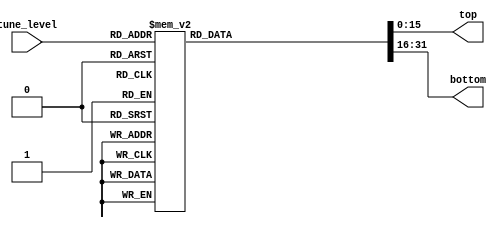
`timescale 1ns / 1ps
//////////////////////////////////////////////////////////////////////////////////
// Company: 
// Engineer: 
// 
// Design Name: 
// Module Name:    Decoder 
// Project Name: 
// Target Devices: 
// Tool versions: 
// Description: 
//
// Dependencies: 
//
// Revision: 
// Revision 0.01 - File Created
// Additional Comments: 
//
//////////////////////////////////////////////////////////////////////////////////
module Decoder #(parameter N = 16, k = 5)( // k = log2(2N)
    input wire [k-1:0] tune_level,
    (*S = "YES"*)output reg [N-1:0] top,
    (*S = "YES"*)output reg [N-1:0] bottom
    );
	 
always @(tune_level)
case (tune_level)
31: begin
	 top		=	16'b1111111111111111;
	 bottom	=	16'b0000000000000000;
	 end
30: begin
	 top		=	16'b0111111111111111;
	 bottom	=	16'b0000000000000000;
	 end
29: begin
	 top		=	16'b0011111111111111;
	 bottom	=	16'b0000000000000000;
	 end
28: begin
	 top		=	16'b0001111111111111;
	 bottom	=	16'b0000000000000000;
	 end
27: begin
	 top		=	16'b0000111111111111;
	 bottom	=	16'b0000000000000000;
	 end
26: begin
	 top		=	16'b0000011111111111;
	 bottom	=	16'b0000000000000000;
	 end
25: begin
	 top		=	16'b0000001111111111;
	 bottom	=	16'b0000000000000000;
	 end
24: begin
	 top		=	16'b0000000111111111;
	 bottom	=	16'b0000000000000000;
	 end
23: begin
	 top		=	16'b0000000011111111;
	 bottom	=	16'b0000000000000000;
	 end
22: begin
	 top		=	16'b0000000001111111;
	 bottom	=	16'b0000000000000000;
	 end
21: begin
	 top		=	16'b0000000000111111;
	 bottom	=	16'b0000000000000000;
	 end
20: begin
	 top		=	16'b0000000000011111;
	 bottom	=	16'b0000000000000000;
	 end
19: begin
	 top		=	16'b0000000000001111;
	 bottom	=	16'b0000000000000000;
	 end
18: begin
	 top		=	16'b0000000000000111;
	 bottom	=	16'b0000000000000000;
	 end
17: begin
	 top		=	16'b0000000000000011;
	 bottom	=	16'b0000000000000000;
	 end
16: begin
	 top		=	16'b0000000000000001;
	 bottom	=	16'b0000000000000000;
	 end
15: begin
	 top		=	16'b0000000000000000;
	 bottom	=	16'b0000000000000001;
	 end
14: begin
	 top		=	16'b0000000000000000;
	 bottom	=	16'b0000000000000011;
	 end
13: begin
	 top		=	16'b0000000000000000;
	 bottom	=	16'b0000000000000111;
	 end
12: begin
	 top		=	16'b0000000000000000;
	 bottom	=	16'b0000000000001111;
	 end
11: begin
	 top		=	16'b0000000000000000;
	 bottom	=	16'b0000000000011111;
	 end
10: begin
	 top		=	16'b0000000000000000;
	 bottom	=	16'b0000000000111111;
	 end
 9: begin
	 top		=	16'b0000000000000000;
	 bottom	=	16'b0000000001111111;
	 end
 8: begin
	 top		=	16'b0000000000000000;
	 bottom	=	16'b0000000011111111;
	 end
 7: begin
	 top		=	16'b0000000000000000;
	 bottom	=	16'b0000000111111111;
	 end
 6: begin
	 top		=	16'b0000000000000000;
	 bottom	=	16'b0000001111111111;
	 end
 5: begin
	 top		=	16'b0000000000000000;
	 bottom	=	16'b0000011111111111;
	 end
 4: begin
	 top		=	16'b0000000000000000;
	 bottom	=	16'b0000111111111111;
	 end
 3: begin
	 top		=	16'b0000000000000000;
	 bottom	=	16'b0001111111111111;
	 end
 2: begin
	 top		=	16'b0000000000000000;
	 bottom	=	16'b0011111111111111;
	 end
 1: begin
	 top		=	16'b0000000000000000;
	 bottom	=	16'b0111111111111111;
	 end
 0: begin
	 top		=	16'b0000000000000000;
	 bottom	=	16'b1111111111111111;
	 end

endcase


endmodule